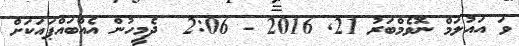
ވަ އައުލަމް ނޮވެމްބަރު 21